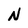
Character: N